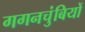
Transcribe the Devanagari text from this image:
गगनचुंबियों